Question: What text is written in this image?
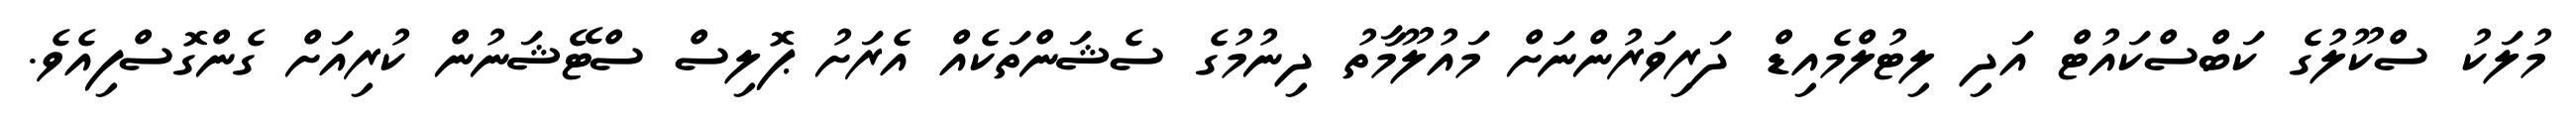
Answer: މުލަކު ސްކޫލުގެ ކަބްސްކައުޓް އަދި ލިޓުލްމެއިޑް ދަރިވަރުންނަށް މައުލޫމާތު ދިނުމުގެ ސެޝަންތަކެއް އެރަށު ޕޮލިސް ސްޓޭޝަނުން ކުރިއަށް ގެންގޮސްފިއެވެ.